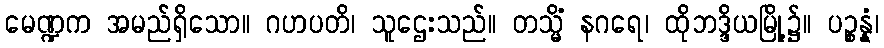
မေဏ္ဍက အမည်ရှိသော။ ဂဟပတိ၊ သူဌေးသည်။ တသ္မိံ နဂရေ၊ ထိုဘဒ္ဒိယမြို့၌။ ပဉ္စန္နံ၊